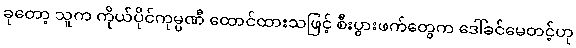
ခုတော့ သူက ကိုယ်ပိုင်ကုမ္ပဏီ ထောင်ထားသဖြင့် စီးပွားဖက်တွေက ဒေါ်ခင်မေတင့်ဟု